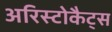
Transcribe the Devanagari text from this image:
अरिस्टोकैट्स